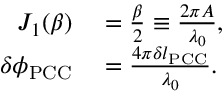
\begin{array} { r l } { J _ { 1 } ( \beta ) } & { { } = \frac { \beta } { 2 } \equiv \frac { 2 \pi A } { \lambda _ { 0 } } , } \\ { \delta \phi _ { \mathrm { P C C } } } & { { } = \frac { 4 \pi \delta l _ { \mathrm { P C C } } } { \lambda _ { 0 } } . } \end{array}